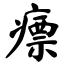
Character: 瘭